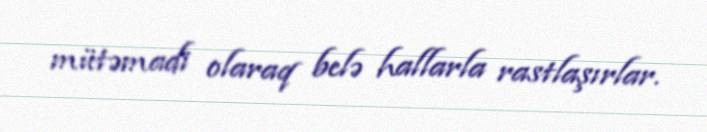
mütəmadi olaraq belə hallarla rastlaşırlar.